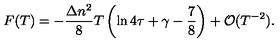
F ( T ) = - \frac { \Delta n ^ { 2 } } { 8 } T \left( \ln 4 \tau + \gamma - \frac { 7 } { 8 } \right) + { \cal O } ( T ^ { - 2 } ) .